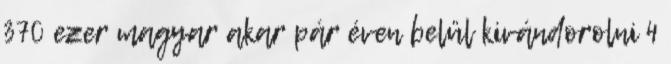
370 ezer magyar akar pár éven belül kivándorolni 4